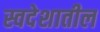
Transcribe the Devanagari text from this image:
स्वदेशातील